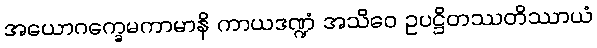
အယောဂက္ခေမကာမာနိ ကာယဒဏ္ဍံ အသိဝေ ဥပဋ္ဌိတဿတိဿာယံ